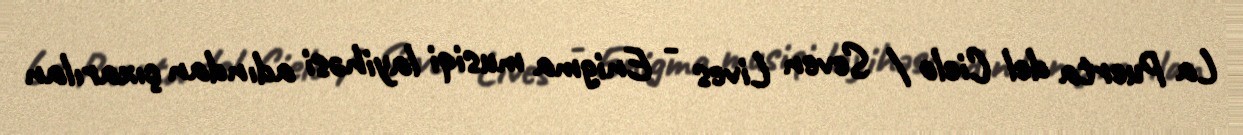
La Puerta del Cielo / Seven Lives - Enigma musiqi layihəsi adından çıxarılan